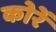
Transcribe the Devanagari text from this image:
कोरें